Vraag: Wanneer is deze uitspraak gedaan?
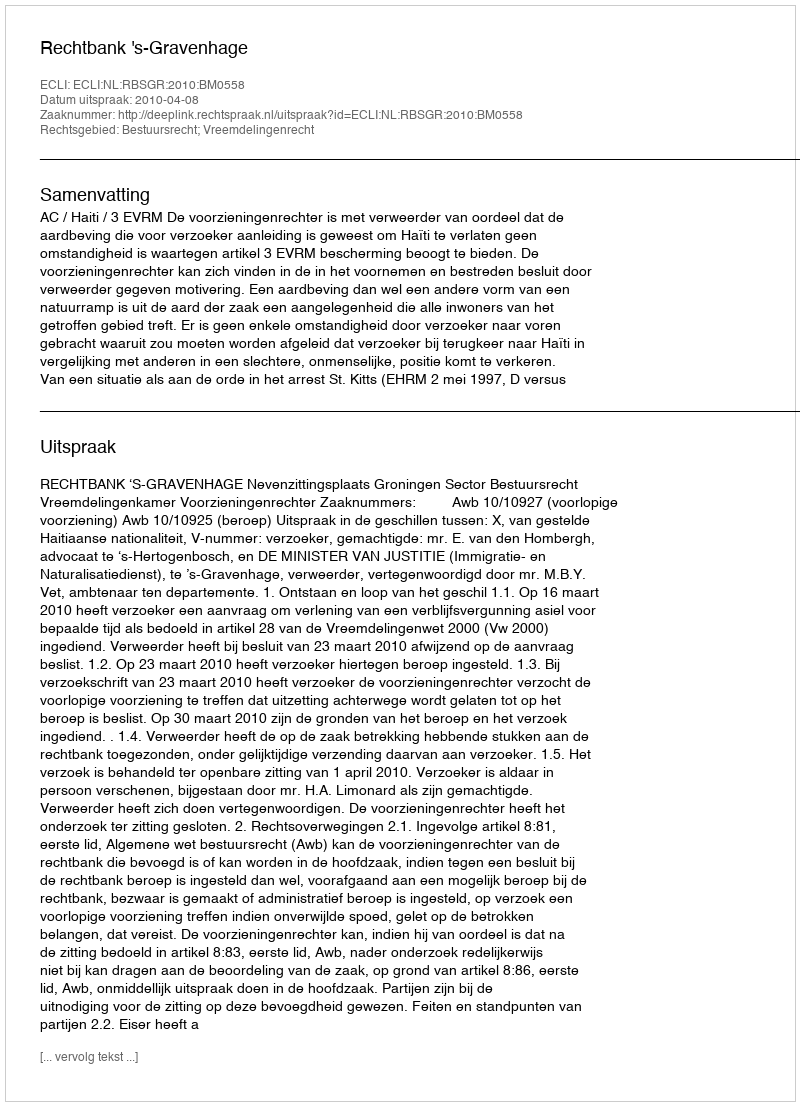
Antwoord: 2010-04-08